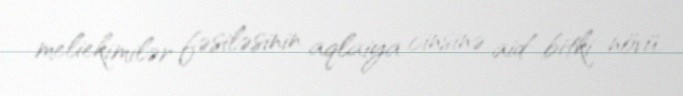
meliekimilər fəsiləsinin aqlaiya cinsinə aid bitki növü.